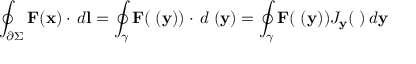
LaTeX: \oint _ { \partial \Sigma } { \mathbf { F } ( \mathbf { x } ) \cdot \, d \mathbf { l } } = \oint _ { \gamma } { \mathbf { F } ( \mathbf { \psi } ( \mathbf { y } ) ) \cdot \, d \mathbf { \psi } ( \mathbf { y } ) } = \oint _ { \gamma } { \mathbf { F } ( \mathbf { \psi } ( \mathbf { y } ) ) J _ { \mathbf { y } } ( \mathbf { \psi } ) \, d \mathbf { y } }